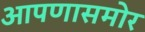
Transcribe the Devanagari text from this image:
आपणासमोर